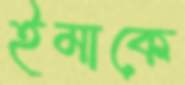
ইমাকে